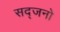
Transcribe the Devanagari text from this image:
सद्जनो